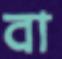
বা